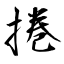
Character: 捲